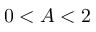
0 < A < 2